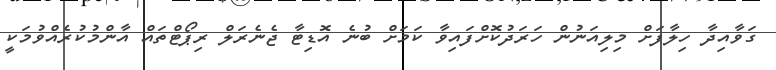
ގަވާއިދާ ހިލާފަށް މިލިއަނުން ހަރަދުކޮށްފައިވާ ކަމަށް ބުނެ އޮޑިޓާ ޖެނެރަލް ރިޕޯޓްތައް އާންމުކުރެއްވުމަކީ